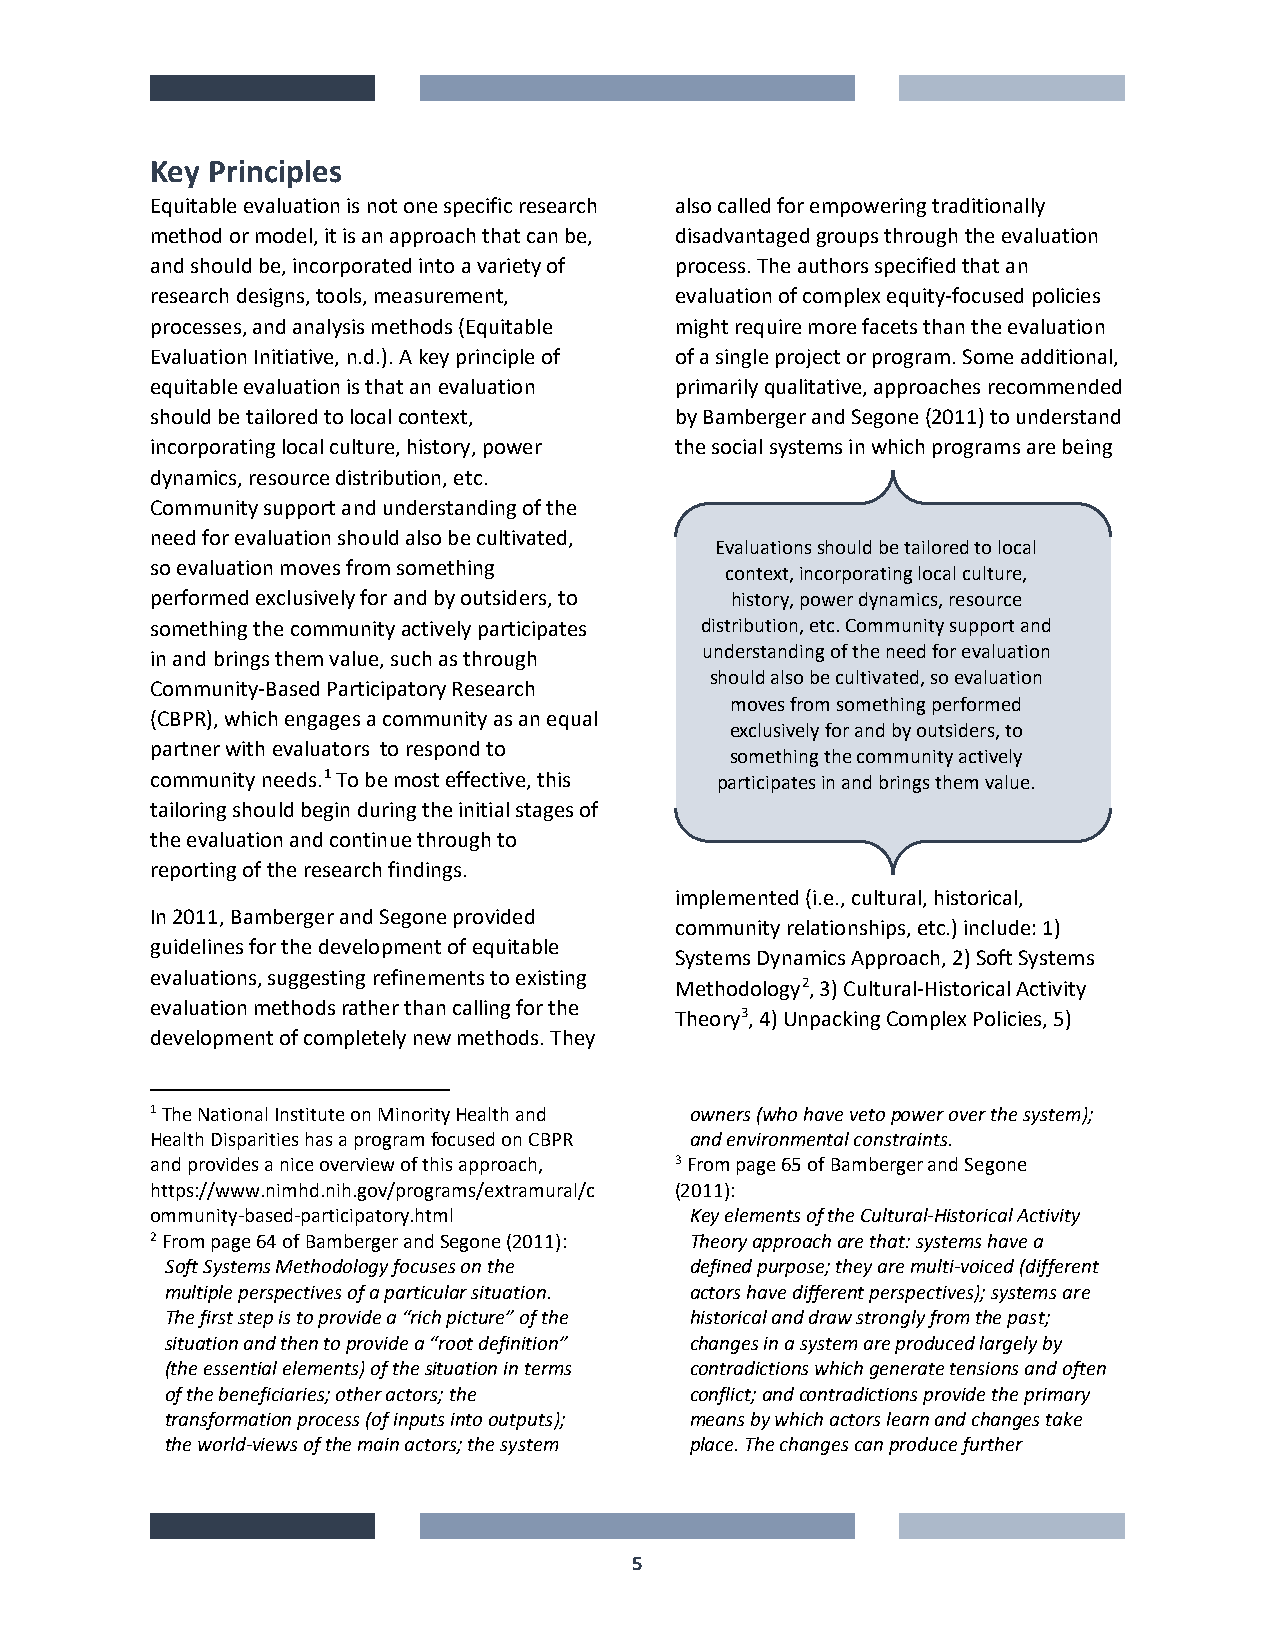
Key Principles
 Equitable evaluation is not one specific research also called for empowering traditionally
 method or model, it is an approach that can be, disadvantaged groups through the evaluation
 and should be, incorporated into a variety of process. The authors specified that an
 research designs, tools, measurement, evaluation of complex equity-focused policies
 processes, and analysis methods (Equitable might require more facets than the evaluation
 Evaluation Initiative, n.d.). A key principle of of a single project or program. Some additional,
 equitable evaluation is that an evaluation primarily qualitative, approaches recommended
 should be tailored to local context, by Bamberger and Segone (2011) to understand
 incorporating local culture, history, power the social systems in which programs are being
 dynamics, resource distribution, etc.
 Community support and understanding of the
 need for evaluation should also be cultivated,
 Evaluations should be tailored to local
 so evaluation moves from something    context, incorporating local culture,
 performed exclusively for and by outsiders, to history, power dynamics, resource
 something the community actively participates distribution, etc. Community support and
 in and brings them value, such as through understanding of the need for evaluation
 should also be cultivated, so evaluation
 Community-Based Participatory Research
 moves from something performed
 (CBPR), which engages a community as an equal
 exclusively for and by outsiders, to
 partner with evaluators to respond to
 something the community actively
 community needs.1 To be most effective, this participates in and brings them value.
 tailoring should begin during the initial stages of
 the evaluation and continue through to
 reporting of the research findings.
 implemented (i.e., cultural, historical,
 In 2011, Bamberger and Segone provided
 community relationships, etc.) include: 1)
 guidelines for the development of equitable
 Systems Dynamics Approach, 2) Soft Systems
 evaluations, suggesting refinements to existing
 Methodology2, 3) Cultural-Historical Activity
 evaluation methods rather than calling for the
 Theory3, 4) Unpacking Complex Policies, 5)
 development of completely new methods. They
 1 The National Institute on Minority Health and owners (who have veto power over the system);
 Health Disparities has a program focused on CBPR and environmental constraints.
 and provides a nice overview of this approach, 3 From page 65 of Bamberger and Segone
 https://www.nimhd.nih.gov/programs/extramural/c (2011):
 ommunity-based-participatory.html   Key elements of the Cultural-Historical Activity
 2 From page 64 of Bamberger and Segone (2011): Theory approach are that: systems have a
 Soft Systems Methodology focuses on the defined purpose; they are multi-voiced (different
 multiple perspectives of a particular situation. actors have different perspectives); systems are
 The first step is to provide a “rich picture” of the historical and draw strongly from the past;
 situation and then to provide a “root definition” changes in a system are produced largely by
 (the essential elements) of the situation in terms contradictions which generate tensions and often
 of the beneficiaries; other actors; the conflict; and contradictions provide the primary
 transformation process (of inputs into outputs); means by which actors learn and changes take
 the world-views of the main actors; the system place. The changes can produce further
 5